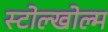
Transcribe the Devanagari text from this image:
स्टोल्खोल्म